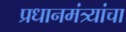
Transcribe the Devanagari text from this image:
प्रधानमंत्र्यांचा